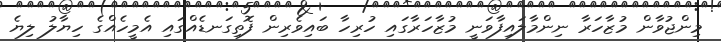
މިންޖުވާން މުޒާހަރާ ނިންމާލައިފާވަނީ މުޒާހަރާގައި ހުރިހާ ބައިވެރިން ފޮތިގަނޑެއްގައި އެމީހެއްގެ ހިޔާލު ލިޔެ